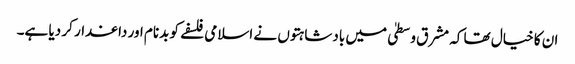
ان کا خیال تھا کہ مشرق وسطیٰ میں بادشاہتوں نے اسلامی فلسفے کو بدنام اور داغدار کر دیا ہے۔